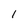
Character: 1